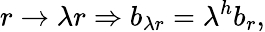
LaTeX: r\to\lambda r\Rightarrow b_{\lambda r}=\lambda^{h}b_{r},